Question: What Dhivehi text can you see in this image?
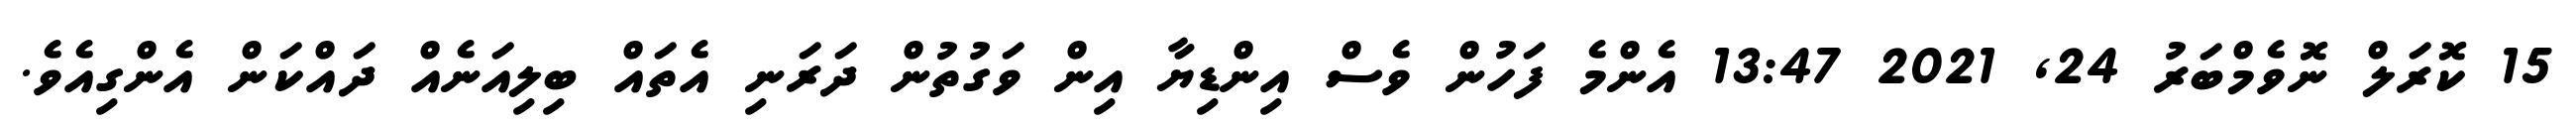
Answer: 15 ކޮރަލް ނޮވެމްބަރު 24, 2021 13:47 އެންމެ ފަހުން ވެސް އިންޑިޔާ އިން ވަގުތުން ދަރަނި އެތައް ބިލިއަނެއް ދައްކަން އެންގިއެވެ.